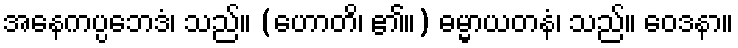
အနေကပ္ပဘေဒံ၊ သည်။ (ဟောတိ၊ ၏။) ဓမ္မာယတနံ၊ သည်။ ဝေဒနာ။